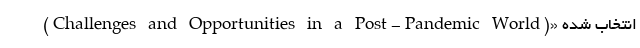
(Challenges and Opportunities in a Post-Pandemic World)» انتخاب شده